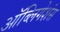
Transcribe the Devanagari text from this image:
ऑब्लिगेशंस